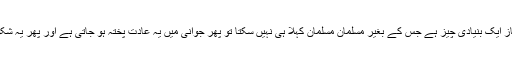
بچوں کو بچپن سے اگر یہ احساس ہو کہ نماز ایک بنیادی چیز ہے جس کے بغیر مسلمان مسلمان کہلا ہی نہیں سکتا تو پھر جوانی میں یہ عادت پختہ ہو جاتی ہے اور پھر یہ شکوے بھی نہیں رہیں گے کہ بچے بگڑ گئے۔